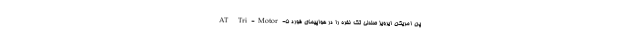
پن امریکن ایرویز صندلی تک نفره را در هواپیمای فورد 5-AT Tri-Motor